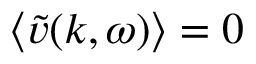
\langle \tilde { v } ( k , \omega ) \rangle = 0